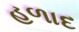
હળાદ